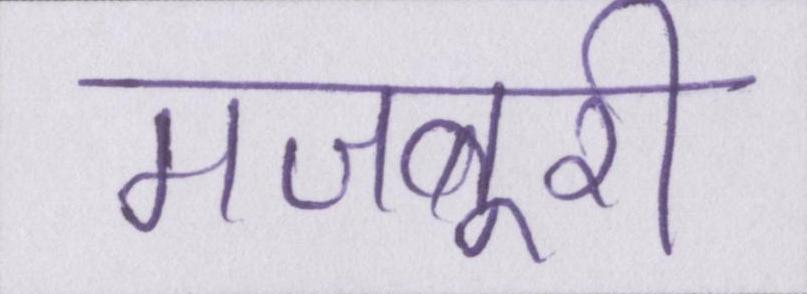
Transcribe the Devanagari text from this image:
मजबूरी